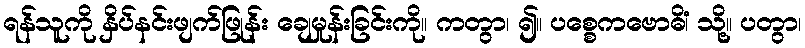
ရန်သူကို နှိပ်နင်းဖျက်ဖြုန်း ချေမှုန်းခြင်းကို။ ကတွာ၊ ၍။ ပစ္စေကဗောဓိံ၊ သို့။ ပတွာ၊